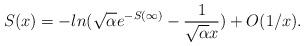
LaTeX: \begin{align*}S(x)=-ln(\sqrt{\alpha }e^{-S(\infty )}-\frac{1}{\sqrt{\alpha }x})+O(1/x).\end{align*}